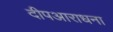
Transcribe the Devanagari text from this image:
दीपआराधना